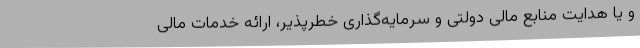
و یا هدایت منابع مالی دولتی و سرمایه‌گذاری خطرپذیر، ارائه خدمات مالی